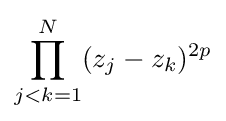
\prod _{j<k=1}^{N}(z_{j}-z_{k})^{2p}